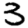
Digit: 3